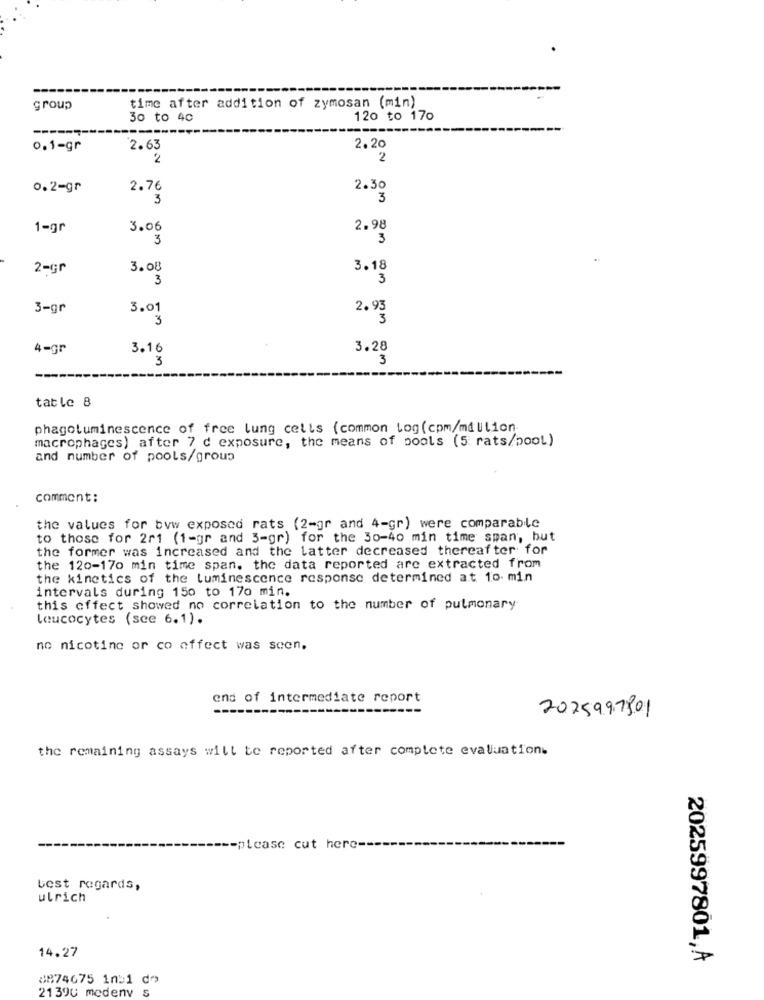
time after addition of zymosan (min)
group
30 to 40
120 to 170
0.1-gr
2.63
2.20
2
2
0.2-gr
2.76
2.30
3
3
1-gr
3.06
2.98
3
3
2-Gr
3.08
3.18
3
3
3-gr
3.01
2.93
3
3
4-gr
3.16
3.28
3
3
----
table 8
phagoluminescence of free lung cells (common tog(cpm/million
macrophages) after 7 d exposure, the means of pools (5 rats/pool)
and number of pools/group
comment:
the values for byw exposed rats (2-gr and 4-gr) were comparable
to those for 2r1 (1-gr and 3-gr) for the 30-40 min time span, but
the former was increased and the latter decreased thereafter for
the 120-170 min time span. the data reported are extracted from
the kinetics of the luminescence response determined at 10- min
intervals during 150 to 170 min.
this effect showed no correlation to the number of pulmonary
leucocytes (see 6.1).
no nicotine or co affect was seen.
end of intermediate report
---
2025997801
the remaining assays will be reported after complete evaluation.
-please cut here --
best regards,
ulrich
14.27
2025997801,A
8874675 1n:1 do
21390 medenv s